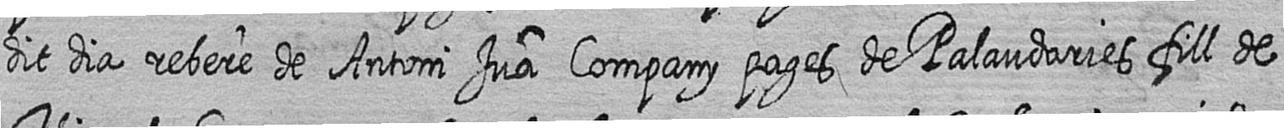
dit dia rebere de Antoni Jua Company pages de Palaudaries fill de